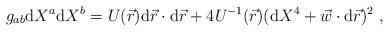
LaTeX: \begin{align*}g_{ab}{\rm d}X^a{\rm d}X^{b}=U(\vec{r}){\rm d}\vec{r}\cdot {\rm d}\vec{r}+4U^{-1}(\vec{r})({\rm d}X^4+\vec{w}\cdot {\rm d}\vec{r})^2\ ,\end{align*}